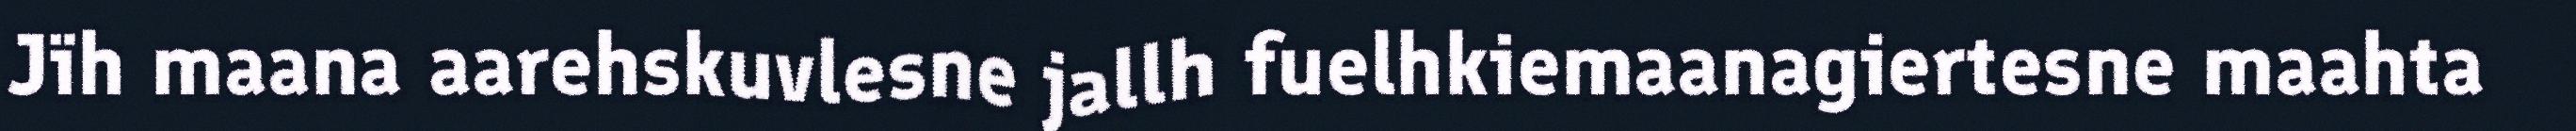
Jïh maana aarehskuvlesne jallh fuelhkiemaanagiertesne maahta